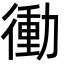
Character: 𭜀